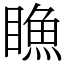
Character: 䁩